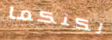
لكنكما